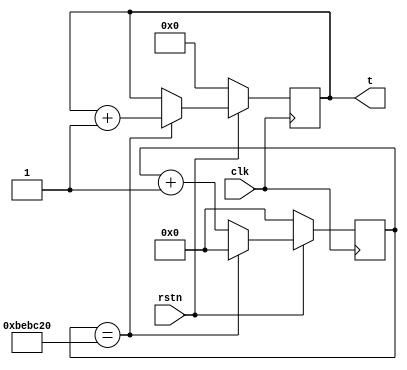
module timer #(
  parameter WIDTH = 32
)
(
  input  wire             clk,
  input  wire             rstn,
  output reg  [WIDTH-1:0] t
);

  reg [23:0] count = 0;

  initial t = 0;

  always @(posedge clk) begin
    if (!rstn) begin
      count <= 0;
      t <= 0;
    end else begin
      if (count == 12500000) begin
        count <= 0;
        t <= t + 1;
      end else begin
        count <= count + 1;
      end
    end
  end

endmodule